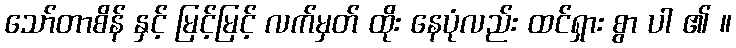
သော်တာစိန် နှင့် မြင့်မြင့် လက်မှတ် ထိုး နေပုံလည်း ထင်ရှား စွာ ပါ ၏ ။